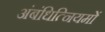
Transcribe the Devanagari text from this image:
अंबंधित्नियमों